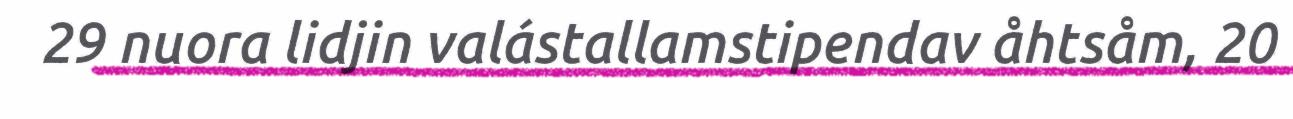
29 nuora lidjin valástallamstipendav åhtsåm, 20